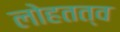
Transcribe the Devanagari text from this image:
लोहतत्व